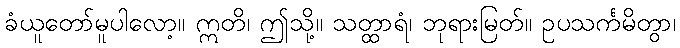
ခံယူတော်မူပါလော့။ ဣတိ၊ ဤသို့။ သတ္ထာရံ၊ ဘုရားမြတ်။ ဥပသင်္ကမိတွာ၊